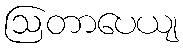
ဩတာပေယျ